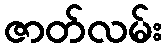
ဇာတ်လမ်း